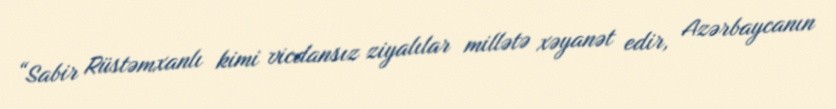
“Sabir Rüstəmxanlı kimi vicdansız ziyalılar millətə xəyanət edir, Azərbaycanın